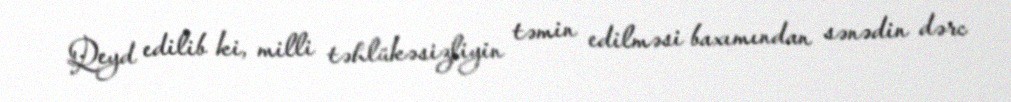
Qeyd edilib ki, milli təhlükəsizliyin təmin edilməsi baxımından sənədin dərc